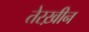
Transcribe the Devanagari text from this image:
तेरख़ीन